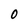
Character: 0